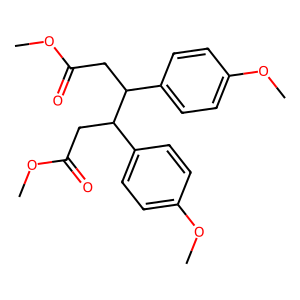
SMILES: COC(=O)CC(c1ccc(OC)cc1)C(CC(=O)OC)c1ccc(OC)cc1
Inhibits HIV replication: No